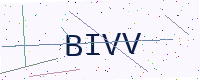
Text: BIVV